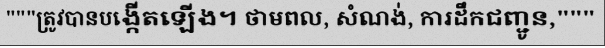
"""ត្រូវបានបង្កើតឡើង។ ថាមពល, សំណង់, ការដឹកជញ្ជូន,"""